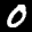
Label: 0